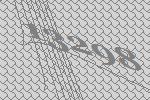
13298